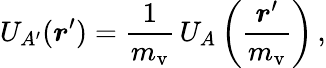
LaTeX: U_{A^{\prime}}(\boldsymbol r^{\prime})={\frac{1}{m_{\mathrm{v}}}}\, U_{A}\left({\frac{\boldsymbol r^{\prime}}{m_{\mathrm{v}}}}\right)\, ,